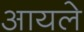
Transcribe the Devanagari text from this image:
आयले